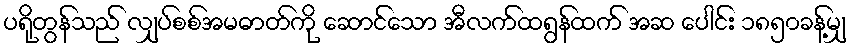
ပရိုတွန်သည် လျှပ်စစ်အမဓာတ်ကို ဆောင်သော အီလက်ထရွန်ထက် အဆ ပေါင်း ၁၈၅၀ခန့်မျှ